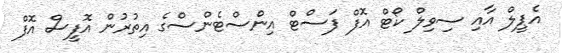
އެޕީލް އާއި ސިވިލް ކޯޓް އޮފް ފަސްޓް އިންސްޓެންސްގެ އިތުރުން އޮފީސް އޮފް